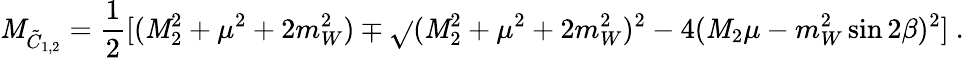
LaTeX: \mathit{M}_{{\tilde{{C}}}_{1,2}}={\frac{{1}}{{2}}}[(\mathit{M}_{2}^{2}+\mu^{2}+2m_{W}^{2})\mp\sqrt{}{{(\mathit{M}_{2}^{2}+\mu^{2}+2m_{W}^{2})^{2}-4(\mathit{M}_{2}\mu-m_{W}^{2}\sin2\beta)^{2}}}]\ .